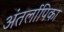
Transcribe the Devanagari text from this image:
अंतर्लापिका